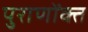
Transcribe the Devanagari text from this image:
पुराणोंक्त